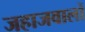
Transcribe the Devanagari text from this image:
जहाजवालों